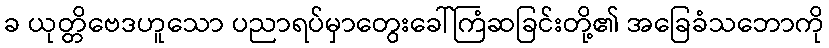
ခ ယုတ္တိဗေဒဟူသော ပညာရပ်မှာတွေးခေါ်ကြံဆခြင်းတို့၏ အခြေခံသဘောကို